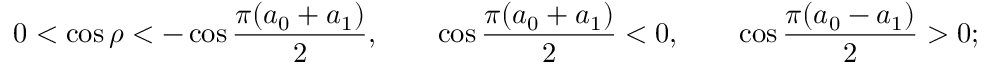
0 < \cos \rho < - \cos \frac { \pi ( a _ { 0 } + a _ { 1 } ) } { 2 } , \qquad \cos \frac { \pi ( a _ { 0 } + a _ { 1 } ) } { 2 } < 0 , \qquad \cos \frac { \pi ( a _ { 0 } - a _ { 1 } ) } { 2 } > 0 ; \nonumber